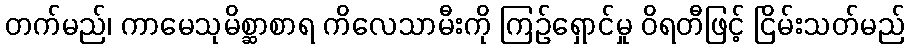
တက်မည်၊ ကာမေသုမိစ္ဆာစာရ ကိလေသာမီးကို ကြဉ်ရှောင်မှု ဝိရတီဖြင့် ငြိမ်းသတ်မည်